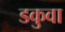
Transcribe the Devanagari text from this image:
डकुवा